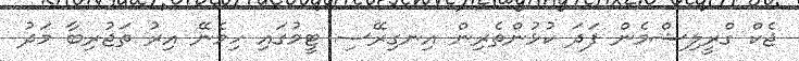
ޖެކް ގްރީލިޝްމެން ފަދަ ކުޅުންތެރިން އިނގިރޭސި ޓީމުގައި ހިމެނޭ އިރު ތަޖުރިބާ މަދު